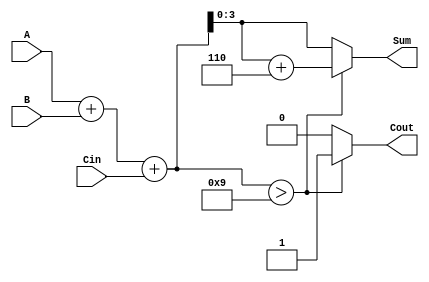
module BCD_Asynchronous_Adder (
    input  [3:0] A,     // First BCD digit
    input  [3:0] B,     // Second BCD digit
    input        Cin,    // Carry input
    output reg [3:0] Sum, // Resulting BCD digit
    output reg Cout      // Carry output
);

    wire [4:0] binary_sum; // 5 bits to accommodate carry
    wire correction_needed; // Signal to indicate if correction is needed
    wire [4:0] corrected_sum; // Corrected sum after adding 6 if needed

    // Step 1: Perform binary addition
    assign binary_sum = A + B + Cin;

    // Step 2: Determine if correction is needed (if binary_sum > 9)
    assign correction_needed = binary_sum > 9;

    // Step 3: Calculate corrected sum
    assign corrected_sum = binary_sum + 5'b00110; // Add 6 (0110 in binary)

    // Step 4: Output logic
    always @(*) begin
        if (correction_needed) begin
            Sum = corrected_sum[3:0]; // Take lower 4 bits
            Cout = 1;                  // Set carry out
        end else begin
            Sum = binary_sum[3:0];     // Take lower 4 bits
            Cout = 0;                  // No carry out
        end
    end

endmodule